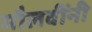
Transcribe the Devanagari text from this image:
मौलवींनी